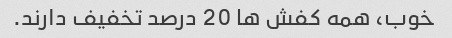
خوب، همه کفش ها 20 درصد تخفیف دارند.